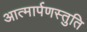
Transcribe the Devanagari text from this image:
आत्मार्पणस्तुति